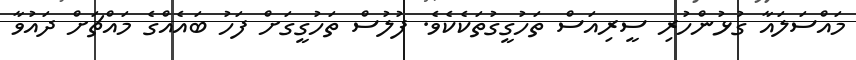
މައްސަލައާ ގުޅުންހުރި ސީރިއަސް ތަހުގީގުތަކެކެވެ. ފުލުސް ތަހުގީގަށް ފަހު ބައެއްގެ މައްޗަށް ދައުވާ